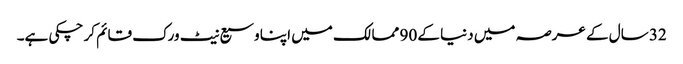
32 سال کے عرصہ میں دنیا کے 90 ممالک میں اپنا وسیع نیٹ ورک قائم کر چکی ہے۔